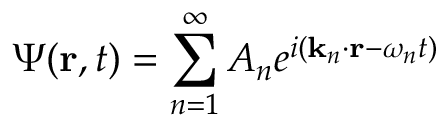
\Psi ( \mathbf { r } , t ) = \sum _ { n = 1 } ^ { \infty } A _ { n } e ^ { i ( \mathbf { k } _ { n } \cdot \mathbf { r } - \omega _ { n } t ) } \,